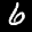
Label: 6